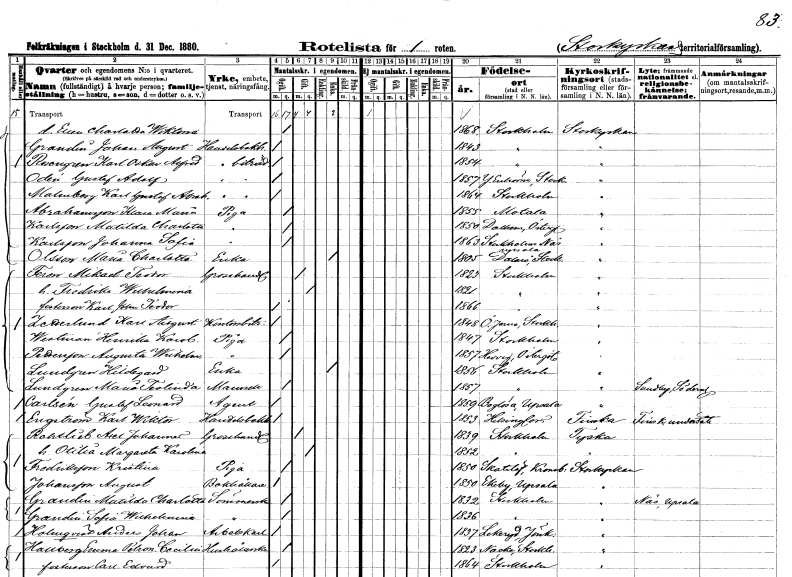
gt_parse: households: individuals: FN: Ellen Charlotta Wiktoria
KON: K
CIV: O
FODAR: 1868
FODFORS: Stockholm
FN: Johan August
EN: Grandin
YRKE: Handelsbokhållare
KON: M
CIV: O
FODAR: 1843
FODFORS: Stockholm
FN: Karl Oskar Alfred
EN: Rosengren
YRKE: Handelsbiträde
KON: M
CIV: O
FODAR: 1854
FODFORS: Stockholm
FN: Gustaf Adolf
EN: Odén
YRKE: Handelsbiträde
KON: M
CIV: O
FODAR: 1857
FODFORS: Ytterenhörna Stockholms län
FN: Karl Gustaf Abraham
EN: Malmberg
YRKE: Handelsbiträde
KON: M
CIV: O
FODAR: 1864
FODFORS: Stockholm
FN: Klara Maria
EN: Abrahamsson
YRKE: Piga
KON: K
CIV: O
FODAR: 1855
FODFORS: Motala Östergötlands län
FN: Matilda Charlotta
EN: Karlsson
YRKE: Piga
KON: K
CIV: O
FODAR: 1850
FODFORS: Dalhem Kalmar län
FN: Johanna Sofia
EN: Karlsson
YRKE: Piga
KON: K
CIV: O
FODAR: 1863
FODFORS: Näs Uppsala län
FN: Maria Charlotta
EN: Olsson
YRKE: Änka
KON: K
CIV: E
FODAR: 1805
FODFORS: Dalarö Stockholms län
FN: Mikael Teodor
EN: Feron
YRKE: Grosshandlare
KON: M
CIV: G
FODAR: 1823
FODFORS: Stockholm
FN: Fredrika Wilhelmina
KON: K
CIV: G
FODAR: 1821
FODFORS: Stockholm
FN: Karl Johan Teodor
KON: M
CIV: O
FODAR: 1866
FODFORS: Stockholm
FN: Karl August
EN: Zetterlund
YRKE: Kontorsbiträde
KON: M
CIV: O
FODAR: 1848
FODFORS: Överjärna Stockholms län
FN: Henrika Karolina
EN: Westman
YRKE: Piga
KON: K
CIV: O
FODAR: 1847
FODFORS: Stockholm
FN: Augusta Wilhelmina
EN: Pettersson
YRKE: Piga
KON: K
CIV: O
FODAR: 1857
FODFORS: Hedvig Norrköping Östergötlands län
FN: Hildegard
EN: Lundgren
YRKE: Änka
KON: K
CIV: E
FODAR: 1856
FODFORS: Stockholm
FN: Maria Teolinda
EN: Lundgren
KON: K
CIV: O
FODAR: 1857
FODFORS: Stockholm
FN: Gustaf Leonard
EN: Carlsén
YRKE: Agent
KON: M
CIV: O
FODAR: 1859
FODFORS: Boglösa Uppsala län
FN: Karl Wiktor
EN: Engström
YRKE: Handelsbokhållare
KON: M
CIV: O
FODAR: 1853
FN: Axel Johannes
EN: Rothlieb
YRKE: Grosshandlare
KON: M
CIV: G
FODAR: 1839
FODFORS: Stockholm
FN: Otilia Margareta Karolina
KON: K
CIV: G
FODAR: 1852
FODFORS: Stockholm
FN: Kristina
EN: Fredriksson
YRKE: Piga
KON: K
CIV: O
FODAR: 1850
FODFORS: Skatelöv Kronobergs län
FN: August
EN: Johansson
YRKE: Bokhållare
KON: M
CIV: O
FODAR: 1850
FODFORS: Ekeby Uppsala län
FN: Matilda Charlotta
EN: Grandin
YRKE: Sömmerska
KON: K
CIV: O
FODAR: 1832
FODFORS: Stockholm
FN: Sofia Wilhelmina
EN: Grandin
YRKE: Sömmerska
KON: K
CIV: O
FODAR: 1836
FODFORS: Stockholm